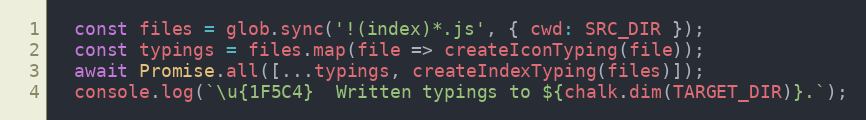
Language: JavaScript
  const files = glob.sync('!(index)*.js', { cwd: SRC_DIR });
  const typings = files.map(file => createIconTyping(file));
  await Promise.all([...typings, createIndexTyping(files)]);
  console.log(`\u{1F5C4}  Written typings to ${chalk.dim(TARGET_DIR)}.`);